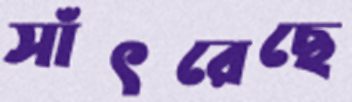
সাঁৎরেছে